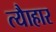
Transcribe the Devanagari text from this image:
त्यैाहार